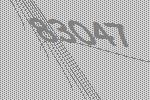
83047